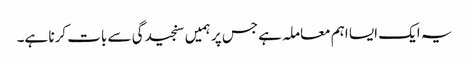
یہ ایک ایسا اہم معاملہ ہے جس پر ہمیں سنجیدگی سے بات کرنا ہے۔